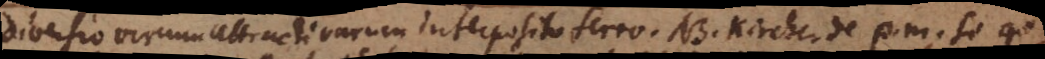
Diversio virium attractivarum interposito ferro. NB. Kircher de p. m. si qui